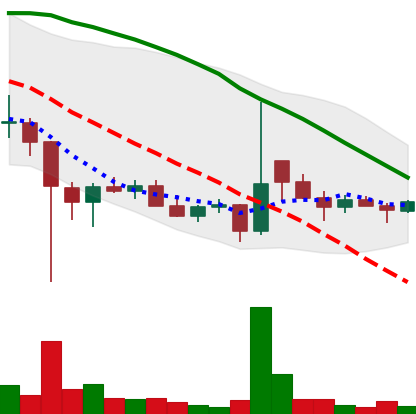
Ticker: DOGE-USD
Chart end date: 2021-12-21
Forward return: 11.009%
Label: up_7plus